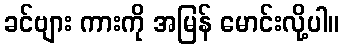
ခင်ဗျား ကားကို အမြန် မောင်းလို့ပါ။